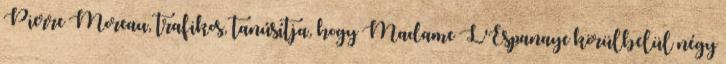
Pierre Moreau, trafikos, tanúsítja, hogy Madame L'Espanaye körülbelül négy